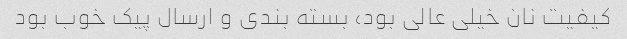
کیفیت نان خیلی عالی بود، بسته بندی و ارسال پیک خوب بود